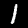
Label: 1